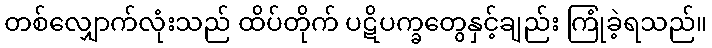
တစ်လျှောက်လုံးသည် ထိပ်တိုက် ပဋိပက္ခတွေနှင့်ချည်း ကြုံခဲ့ရသည်။